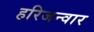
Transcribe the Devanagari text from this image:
हरिजन्वार